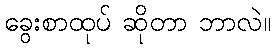
ခွေးစာထုပ် ဆိုတာ ဘာလဲ။